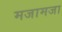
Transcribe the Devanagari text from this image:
मजामजा